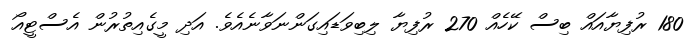
180 ރުފިޔާއައް ބިސް ކޭހެއް 270 ރުފިޔާ ލިބިވަޑައިގަންނަވާނެއެވެ. އަދި މީގެއިތުރުން އެސްޓީއޯ